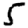
Digit: 5